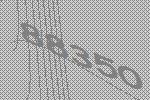
88350